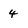
Character: 4